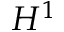
H ^ { 1 }